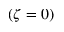
( \zeta = 0 )